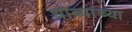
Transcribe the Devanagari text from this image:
धोब्यांच्या